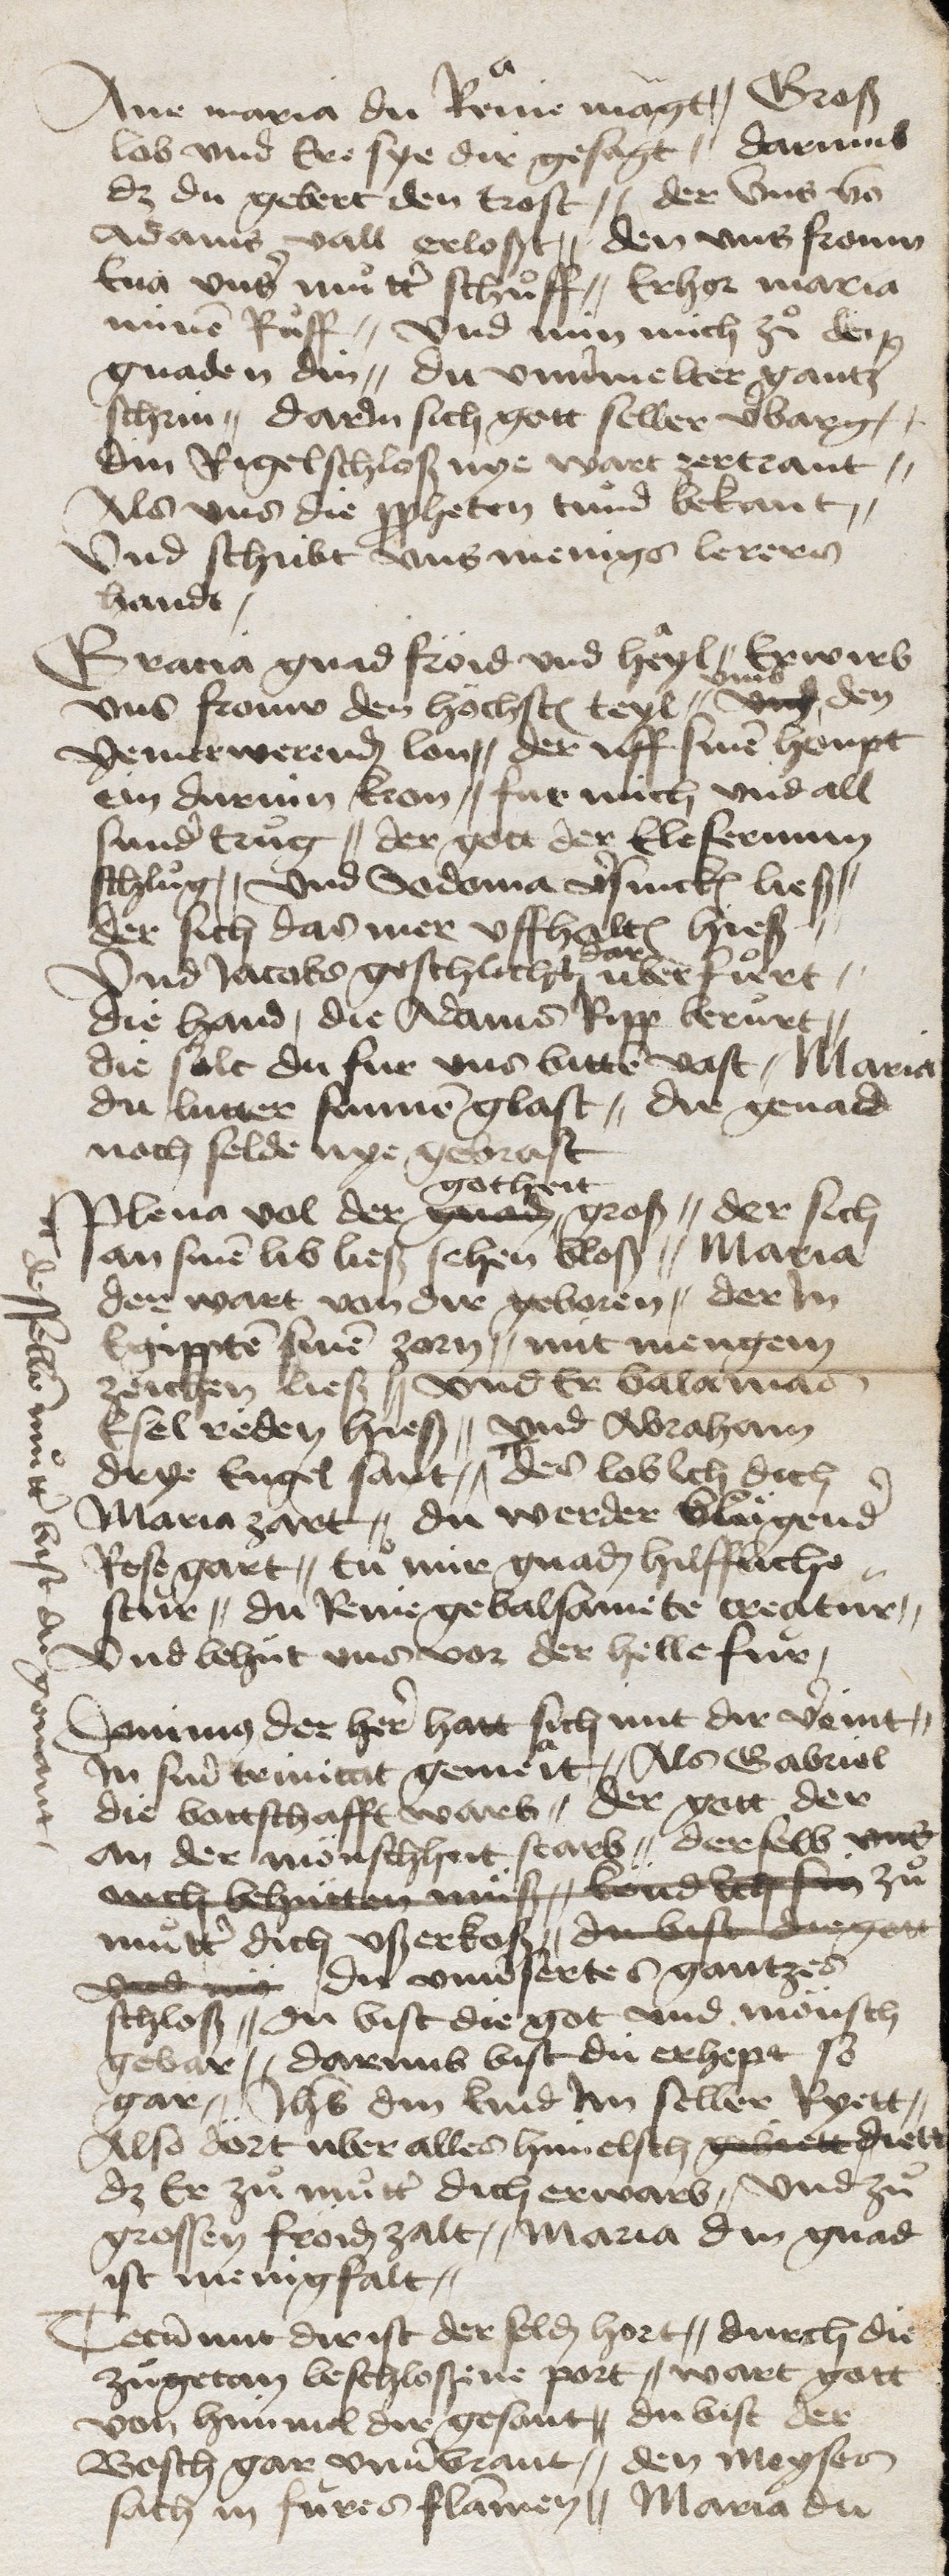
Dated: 1475–1499